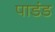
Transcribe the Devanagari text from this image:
पाडंड